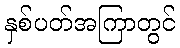
နှစ်ပတ်အကြာတွင်